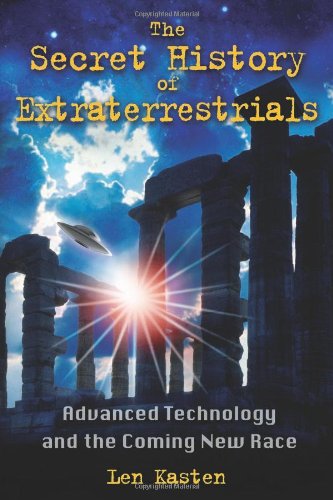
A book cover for The Secret History of Extraterrestrials: Advanced Technology and the Coming New Race; Len Kasten; Science & Math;